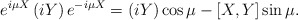
\begin{align*}e^{i\mu X}\left( iY \right) e^{-i\mu X}=\left( iY \right) \cos {\mu} - [X,Y] \sin {\mu}.\end{align*}